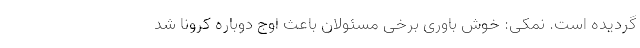
گردیده است. نمکی: خوش باوری برخی مسئولان باعث اوج دوباره کرونا شد